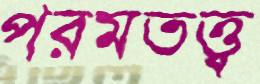
পরমতত্ত্ব